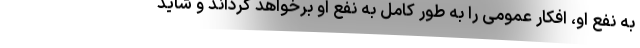
به نفع او، افکار عمومی را به طور کامل به نفع او برخواهد گرداند و شاید